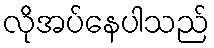
လိုအပ်နေပါသည်